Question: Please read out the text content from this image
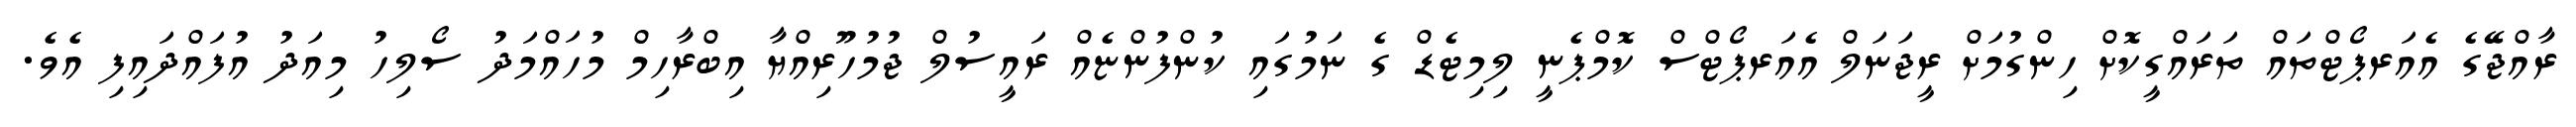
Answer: ރާއްޖޭގެ އެއަރޕޯޓްތައް ތަރައްގީކޮށް ހިންގުމަށް ރީޖަނަލް އެއަރޕޯޓްސް ކޮމްޕެނީ ލިމިޓެޑް ގެ ނަމުގައި ކުންފުންޏެއް ރައީސުލް ޖުމުހޫރިއްޔާ އިބްރާހިމް މުހައްމަދު ސޯލިހު މިއަދު އުފައްދައިފި އެވެ.